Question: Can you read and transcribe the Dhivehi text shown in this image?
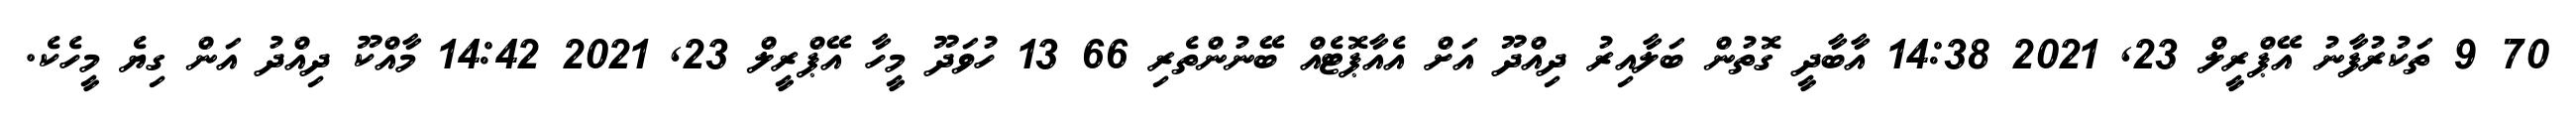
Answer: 70 9 ތަކުރުފާނު އޭޕްރީލް 23, 2021 14:38 އާބާދީ ގޮތުން ބަލާއިރު ދިއްދޫ އަށް އެއާޕޮޓެއް ބޭނުންތެރި 66 13 ހުވަދޫ މީހާ އޭޕްރީލް 23, 2021 14:42 މާއްކޫ ދިއްދު އަން ގިޔެ މީހެކެ.